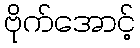
ဗိုက်အောင့်